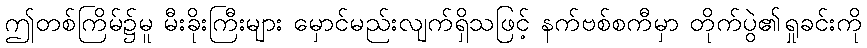
ဤတစ်ကြိမ်၌မူ မီးခိုးကြီးများ မှောင်မည်းလျက်ရှိသဖြင့် နက်ဗစ်စကီမှာ တိုက်ပွဲ၏ရှုခင်းကို